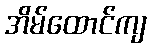
အိမ်ထောင်ကျ